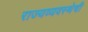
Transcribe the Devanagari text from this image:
राज्यव्यवस्थेची